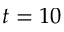
t = 1 0